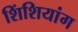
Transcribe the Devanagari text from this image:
शिंशियांग